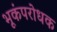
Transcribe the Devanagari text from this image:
भूकंपरोधक